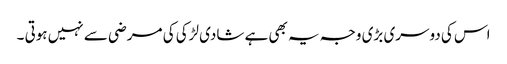
اس کی دوسری بڑی وجہ یہ بھی ہے شادی لڑکی کی مرضی سے نہیں ہوتی ۔